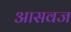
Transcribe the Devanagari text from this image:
आसवज